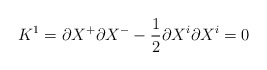
\begin{align*}K^1= \partial X^+\partial X^- - \frac{1}{2}\partial X^i \partial X^i = 0\end{align*}